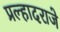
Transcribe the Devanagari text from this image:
प्रल्हादराजे